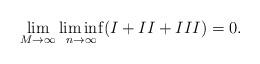
LaTeX: \begin{align*}\lim_{M\rightarrow\infty}\liminf_{n\rightarrow\infty} (I + II + III) = 0 .\end{align*}